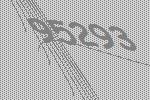
95293